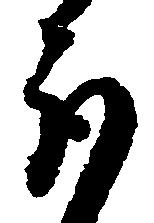
取